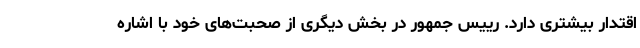
اقتدار بیشتری دارد. رییس جمهور در بخش دیگری از صحبت‌های خود با اشاره